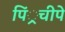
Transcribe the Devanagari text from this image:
पिं्रचीपे